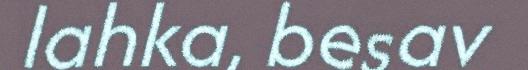
lahka, besav